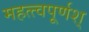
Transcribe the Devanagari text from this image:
महत्त्वपूर्णश्